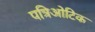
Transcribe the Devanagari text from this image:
पत्रिओटिक